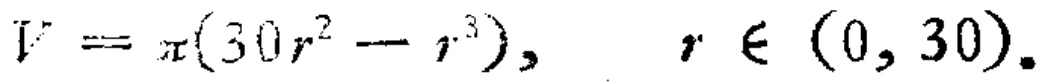
\[V = \pi(30r^{2}-r^{3}),\quad r\in(0,30).\]